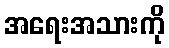
အရေးအသားကို